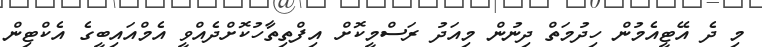
މި ދެ އޭޓީއެމުން ހިދުމަތް ދިނުން މިއަދު ރަސްމީކޮށް އިފްތިތާހުކޮށްދެއްވީ އެމްއައިބީގެ އެކްޓިން